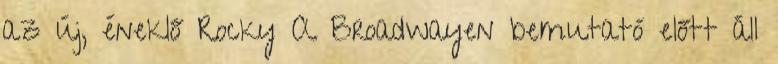
az új, éneklő Rocky A Broadwayen bemutató előtt áll